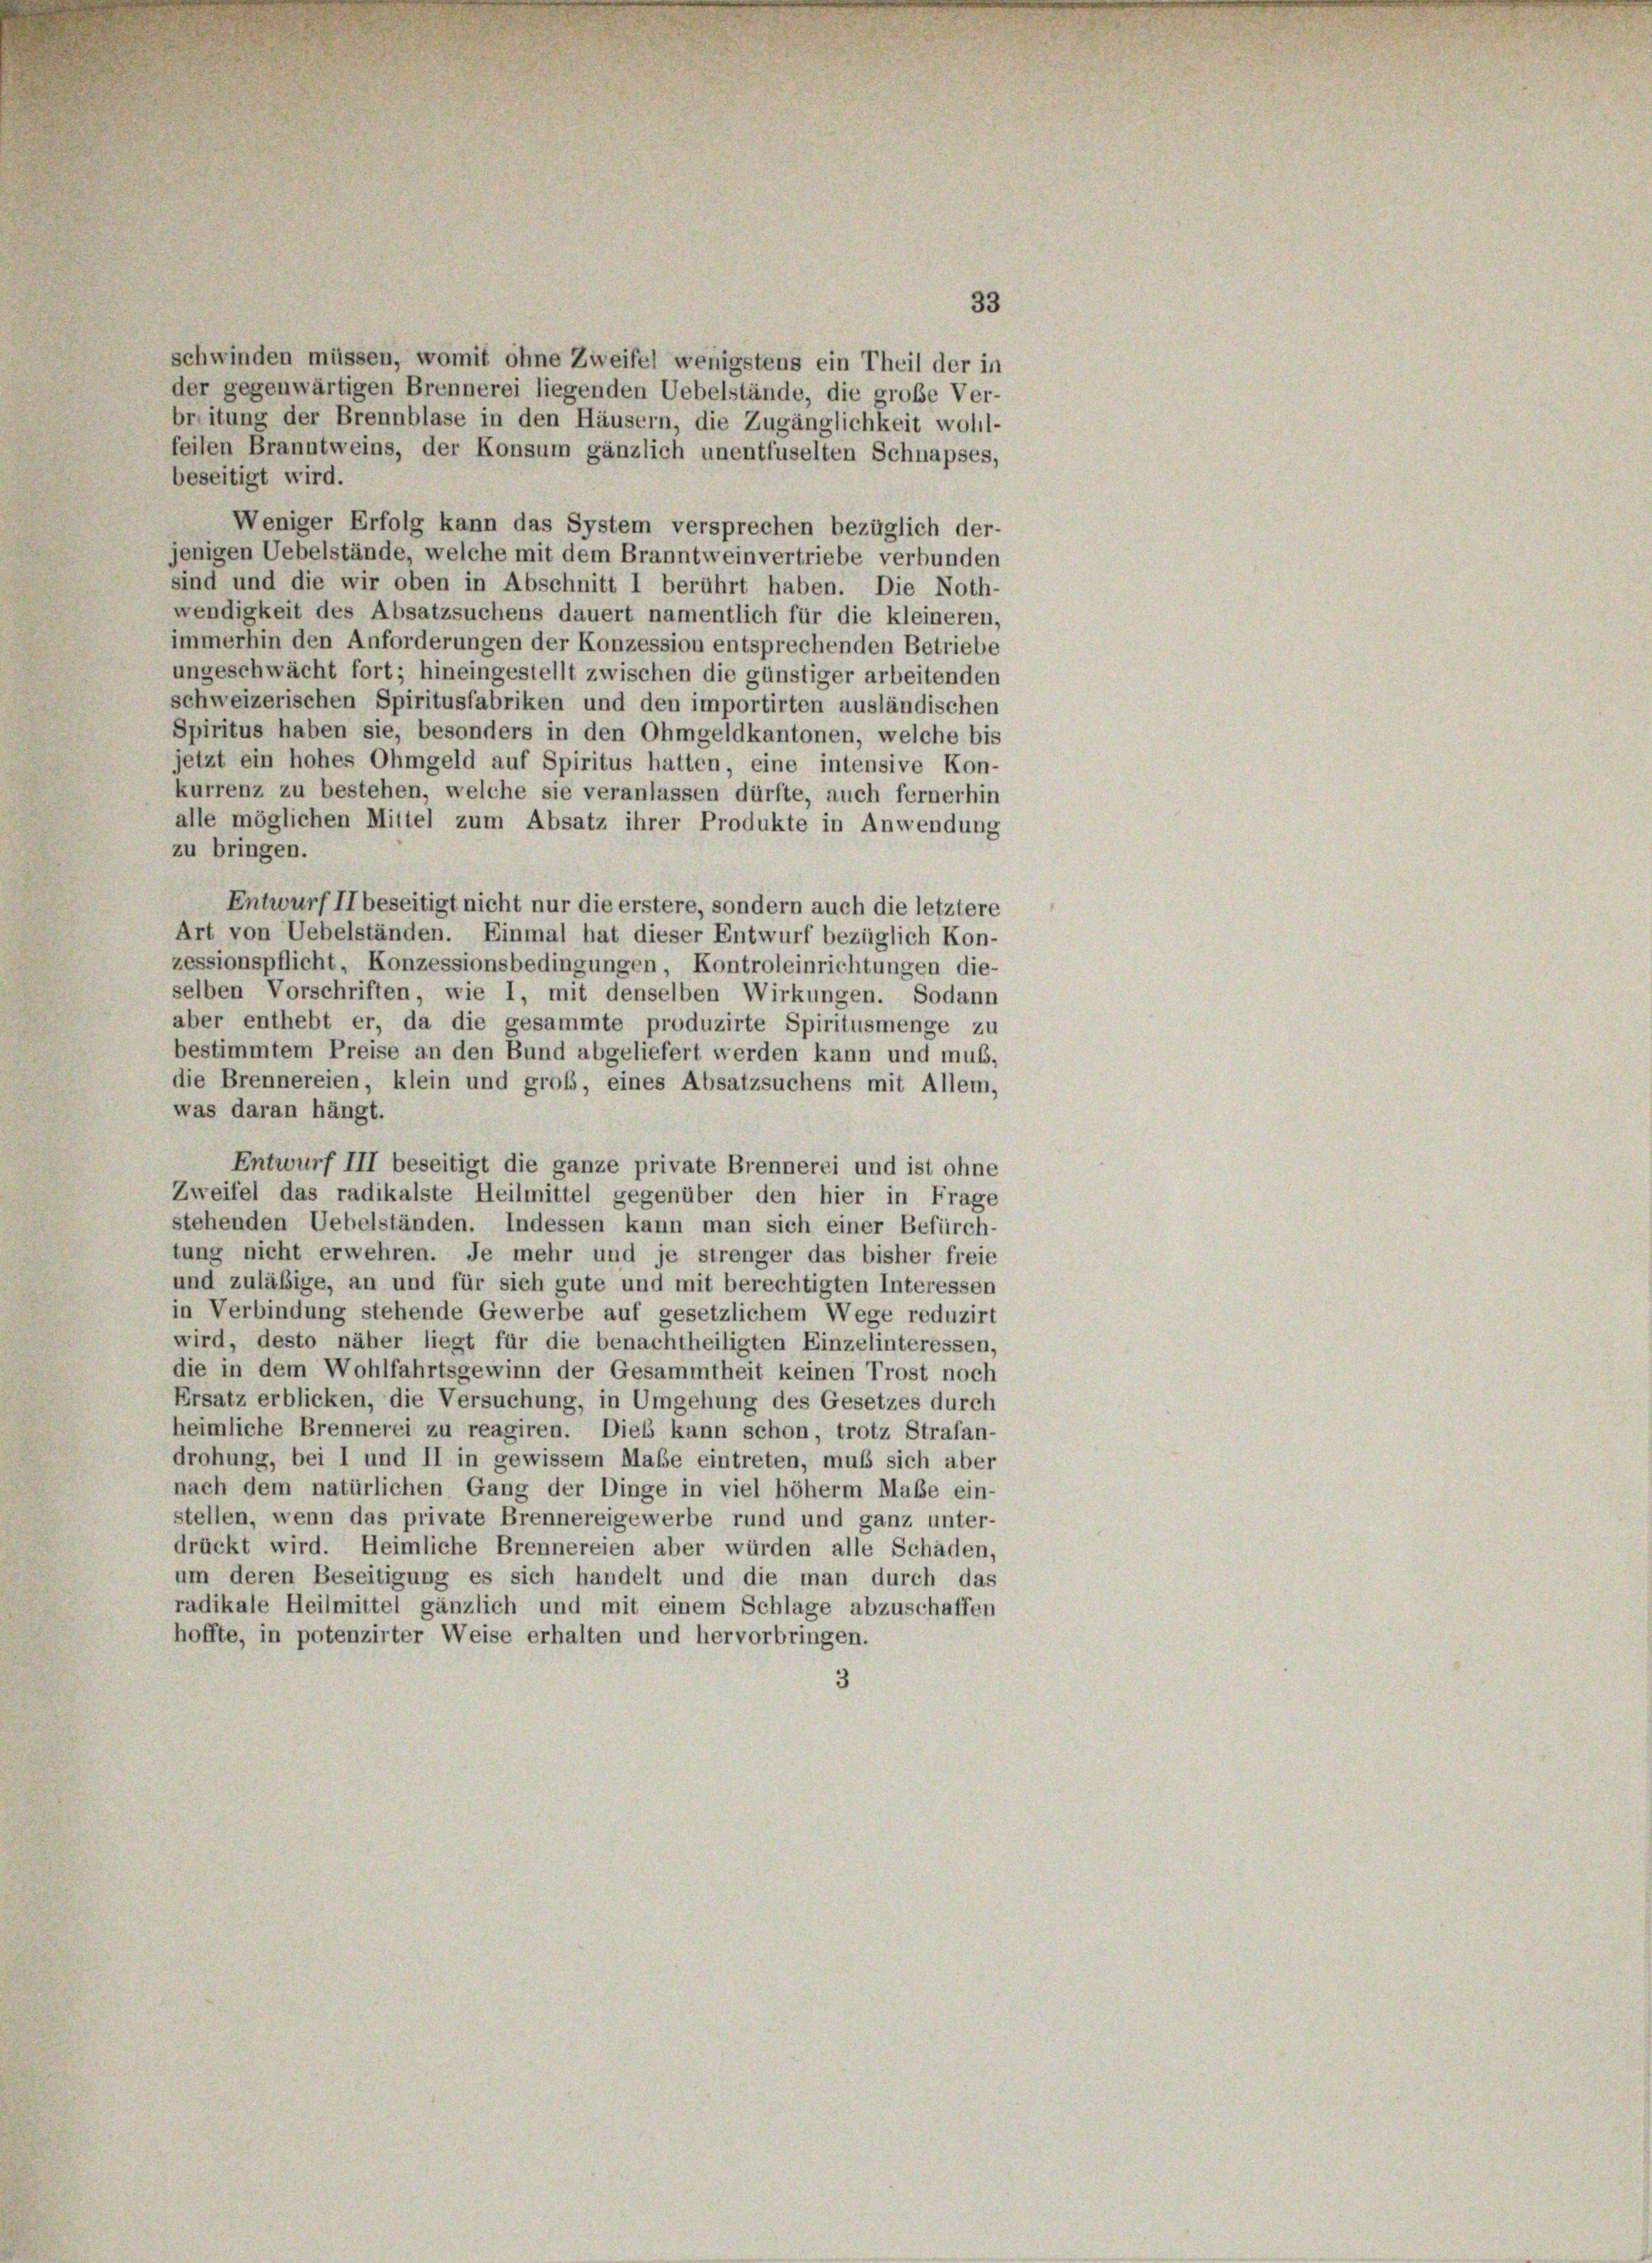
33

schwinden müssen, womit ohne Zweifel wenigstens ein Theil der in
der gegenwärtigen Brennerei liegenden Uebelstände, die große Ver-
breitung der Brennblase in den Häusern, die Zugänglichkeit wohl-
feilen Branntweins, der Konsum gänzlich unentfuselten Schnapses,
beseitigt wird.
Weniger Erfolg kann das System versprechen bezüglich der-
jenigen Uebelstände, welche mit dem Branntweinvertriebe verbunden
sind und die wir oben in Abschnitt I berührt haben. Die Noth-
wendigkeit des Absatzsuchens dauert namentlich für die kleineren,
immerhin den Anforderungen der Konzession entsprechenden Betriebe
ungeschwächt fort; hineingestellt zwischen die günstiger arbeitenden
schweizerischen Spiritusfabriken und den importirten ausländischen
Spiritus haben sie, besonders in den Ohmgeldkantonen, welche bis
jetzt ein hohes Ohmgeld auf Spiritus hatten, eine intensive Kon-
kurrenz zu bestehen, welche sie veranlassen dürfte, auch fernerhin
alle möglichen Mittel zum Absatz ihrer Produkte in Anwendung
zu bringen.
Entwurf II beseitigt nicht nur die erstere, sondern auch die letztere
Art von Uebelständen. Einmal hat dieser Entwurf bezüglich Kon-
zessionspflicht, Konzessionsbedingungen, Kontroleinrichtungen die-
selben Vorschriften, wie I, mit denselben Wirkungen. Sodann
aber enthebt er, da die gesammte produzirte Spiritusmenge zu
bestimmtem Preise an den Bund abgeliefert werden kann und muß,
die Brennereien, klein und groß, eines Absatzsuchens mit Allem,
was daran hängt.
Entwurf III beseitigt die ganze private Brennerei und ist ohne
Zweifel das radikalste Heilmittel gegenüber den hier in Frage
stehenden Uebelständen. Indessen kann man sich einer Befürch-
tung nicht erwehren. Je mehr und je strenger das bisher freie
und zuläßige, an und für sich gute und mit berechtigten Interessen
in Verbindung stehende Gewerbe auf gesetzlichem Wege reduzirt
wird, desto näher liegt für die benachtheiligten Einzelinteressen,
die in dem Wohlfahrtsgewinn der Gesammtheit keinen Trost noch
Ersatz erblicken, die Versuchung, in Umgehung des Gesetzes durch
heimliche Brennerei zu reagiren. Dies kann schon, trotz Strafan-
drohung, bei I und II in gewissem Maße eintreten, muß sich aber
nach dem natürlichen Gang der Dinge in viel höherm Maße ein-
stellen, wenn das private Brennereigewerbe rund und ganz unter-
drückt wird. Heimliche Brennereien aber würden alle Schaden,
um deren Beseitigung es sich handelt und die man durch das
radikale Heilmittel gänzlich und mit einem Schlage abzuschaffen
hoffte, in potenzirter Weise erhalten und hervorbringen.
3